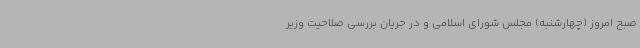
صبح امروز (چهارشنبه) مجلس شورای اسلامی و در جریان بررسی صلاحیت وزیر